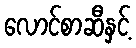
လောင်စာဆီနှင့်